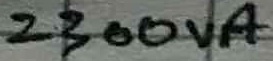
Text: 2300VA